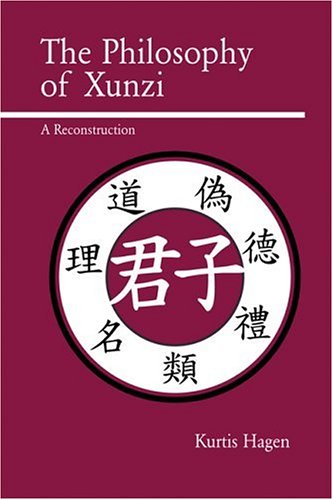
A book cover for The Philosophy of Xunzi: A Reconstruction; Kurtis Hagen; Religion & Spirituality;